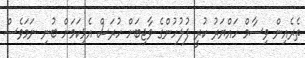
ތެރެއިން ވިސާމް ހައްޔަރު ކުރީ ފުލުހުންގެ ވާޖިބަށް ހުރަސް އެޅިކަމަށް ބުނި ނަމަވެސް